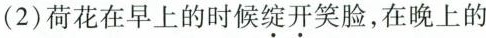
(2)荷花在早上的时候\underset{·}{绽}\underset{·}{开}笑脸，在晚上的